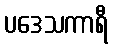
ပဒေသကာရီ